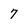
Character: 7